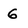
Character: 6